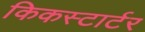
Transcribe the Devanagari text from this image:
किकस्टार्टर